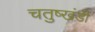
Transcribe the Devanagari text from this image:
चतुष्खंडी